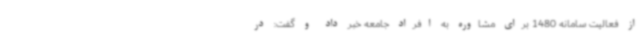
از فعالیت سامانه 1480 برای مشاوره به افراد جامعه خبر داد و گفت: در